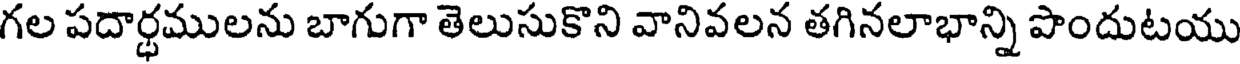
గల పదార్ధములను బాగుగా తెలుసుకొని వానివలన తగినలాభాన్ని పొందుటయు